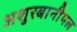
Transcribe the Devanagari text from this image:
अशुरबानीपल